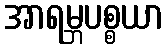
အာရမ္ဘပစ္စယာ